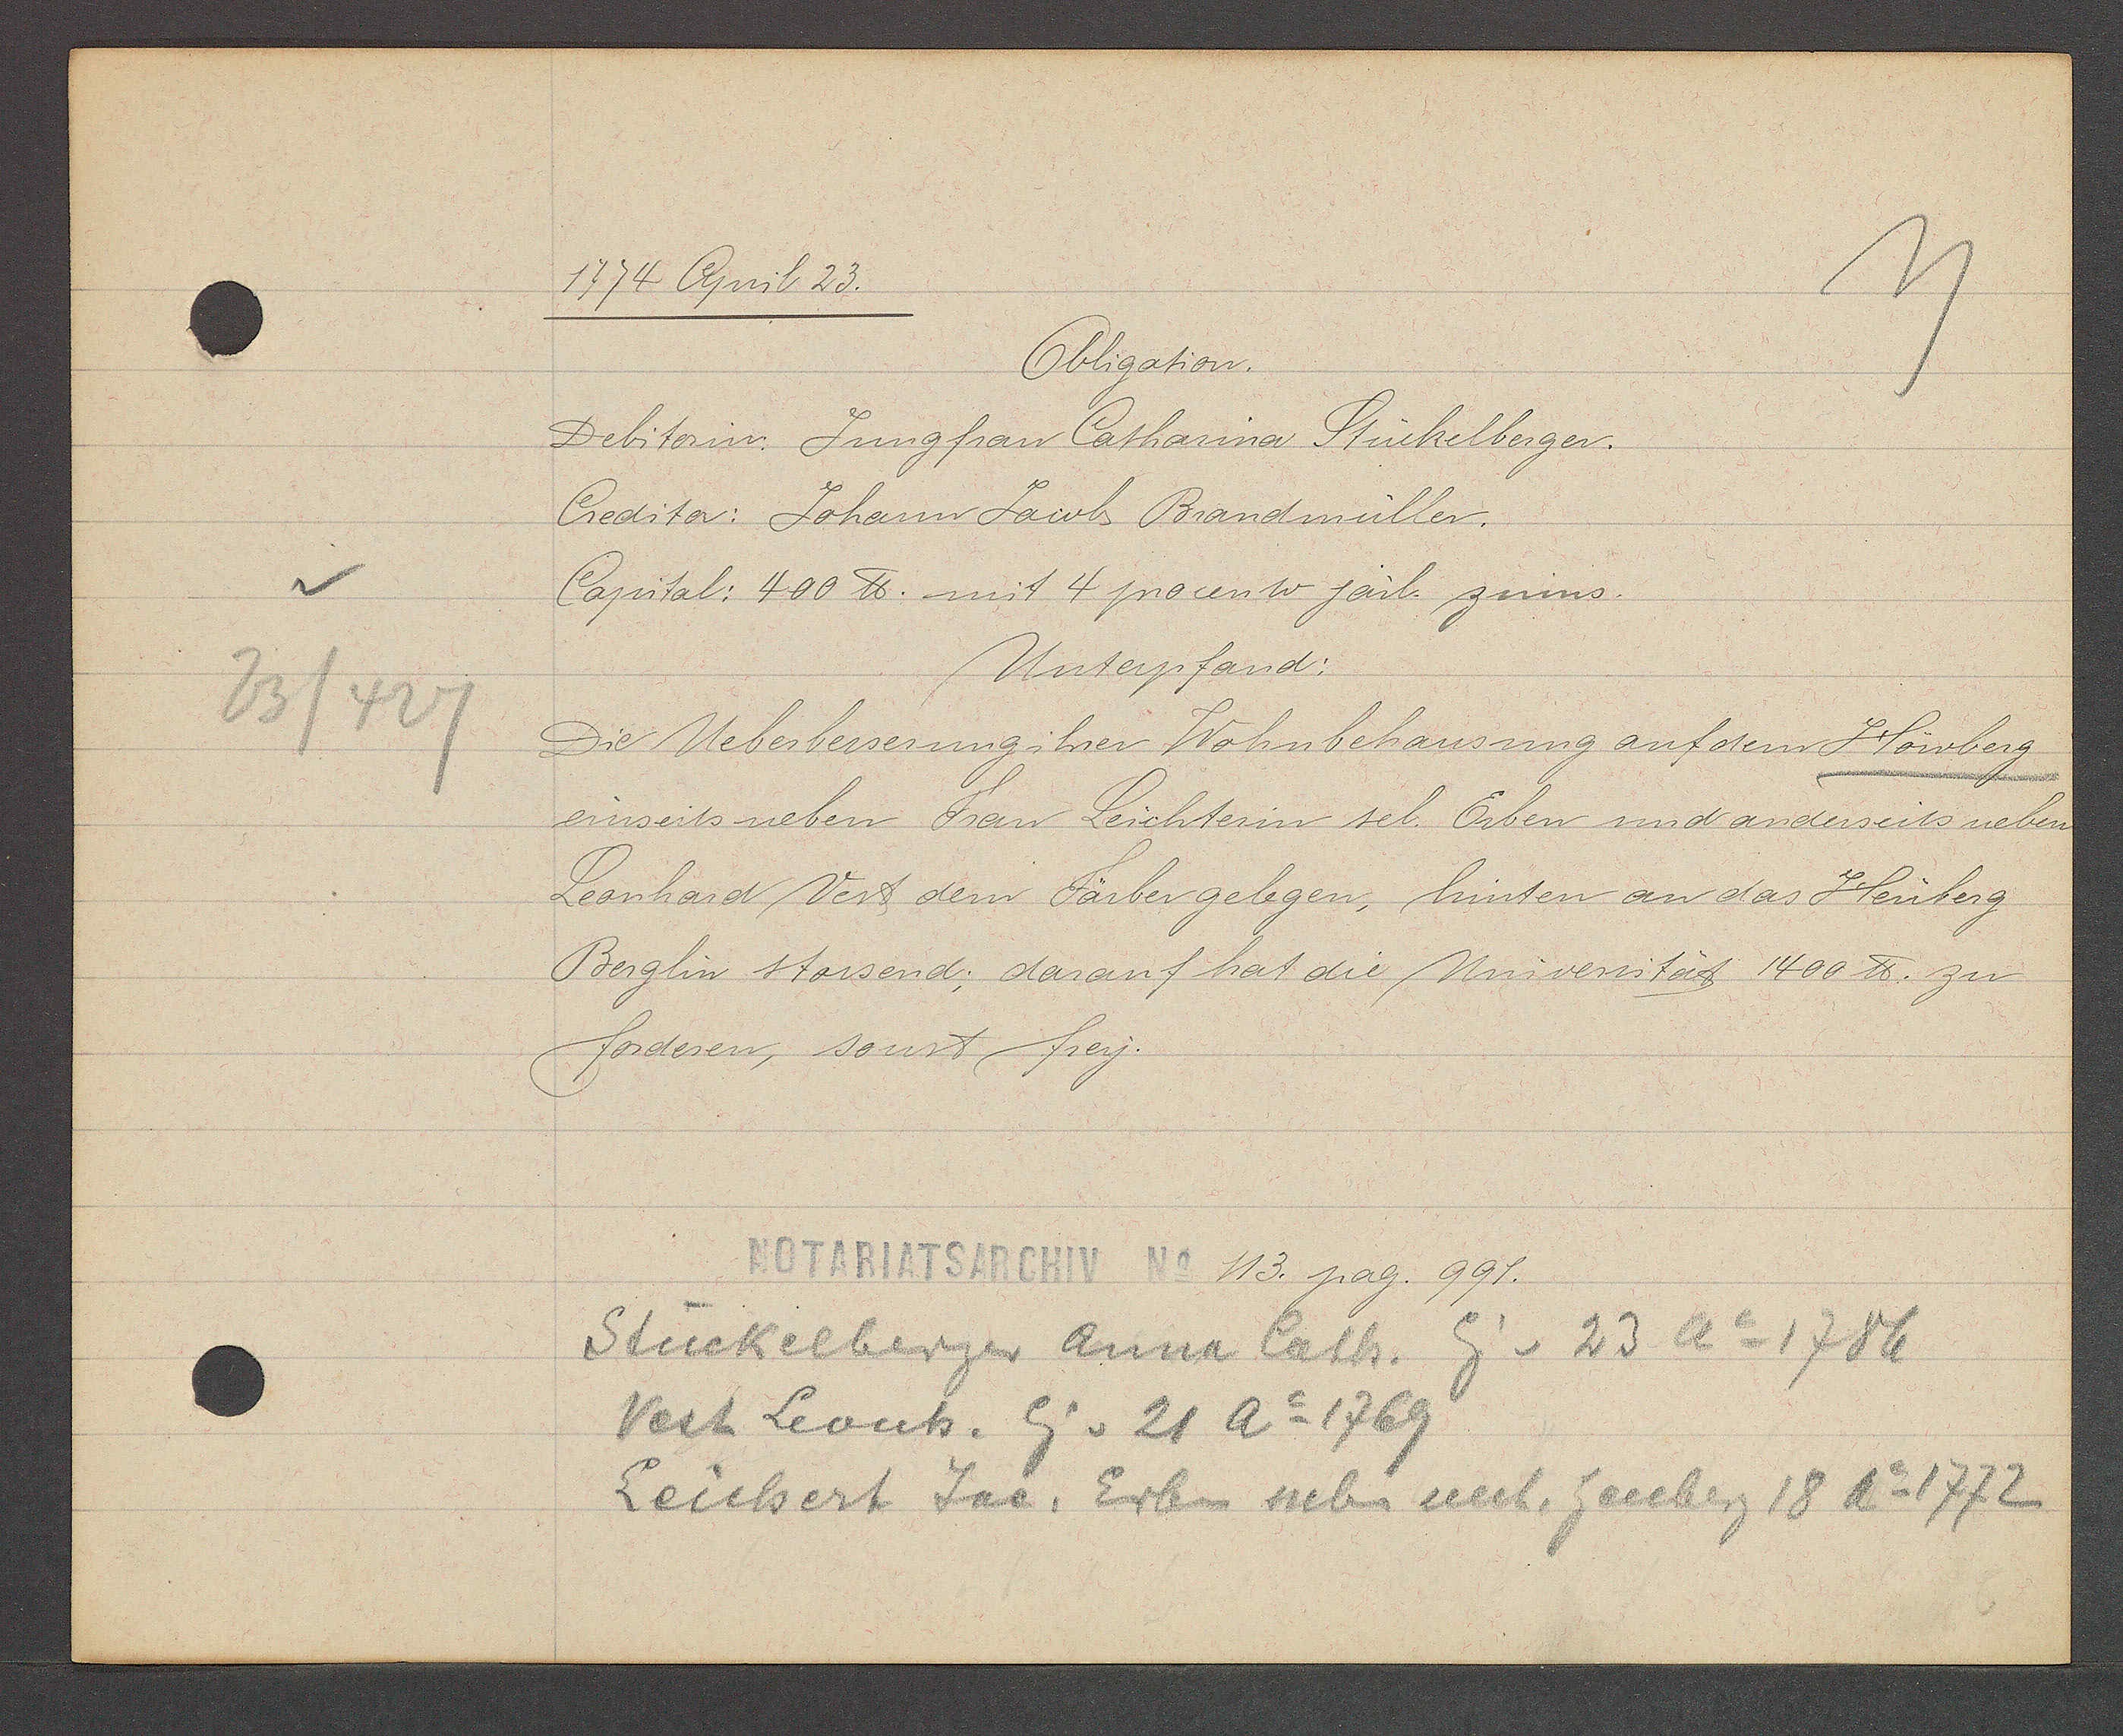
Transcript:
v
23/427

1774 April 23.

Obligation.
Debitorin: Jungfrau Catharina Stückelberger.
Creditor: Johann Jacob Brandmüller.
Capital: 400 ℔ mit 4 procento järl. zinns.
Unterpfand:
Die Ueberbesserung ihrer Wohnbehausung auf dem Höwberg.
einseits neben Frau Leichterin sel. Erben und anderseits neben
Leonhard Vest dem Färber gelegen, hinten an das Heuberg
Berglin stossend; darauf hat die Universität 1400 ℔. zu
forderen, sonst frey.

NOTARIATSARCHIV No 113. pag. 991.

Stückelberger Anna Cath. Eig v. 23 Ao 1786
Vest Leonh. Eig v 21 Ao 1769
Leichert Jac. Erben neben unt. heuberg 18 Ao 1772